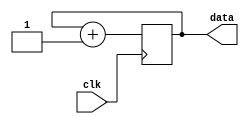
module counter12(input clk, output [11:0]data  );

wire clk;

reg [11:0]data = 0;  //salida de los 12 bits

    always @ (posedge clk) begin    // cuenta en cada flanco de reloj
  
    data <= data + 1;

    end

endmodule